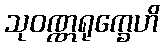
သုဝဏ္ဏရုက္ခေဟိ